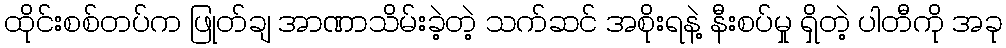
ထိုင်းစစ်တပ်က ဖြုတ်ချ အာဏာသိမ်းခဲ့တဲ့ သက်ဆင် အစိုးရနဲ့ နီးစပ်မှု ရှိတဲ့ ပါတီကို အခု